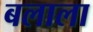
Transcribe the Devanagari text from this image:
बलाला